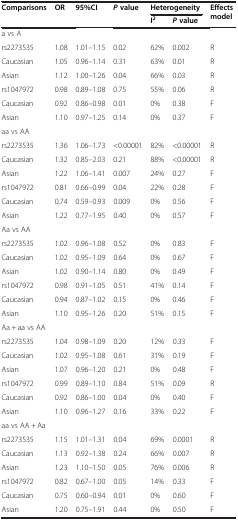
<table><thead><tr><td rowspan="2"><b>Comparisons</b></td><td rowspan="2"><b>OR</b></td><td rowspan="2"><b>95%CI</b></td><td rowspan="2"><b><i>P</i>value</b></td><td colspan="2"><b>Heterogeneity</b></td><td rowspan="2"><b>Effects model</b></td></tr><tr><td><b>I<sup>2</sup></b></td><td><b><i>P</i>value</b></td></tr></thead><tbody><tr><td colspan="7">a vs A</td></tr><tr><td>rs2273535</td><td>1.08</td><td>1.01–1.15</td><td>0.02</td><td>62%</td><td>0.002</td><td>R</td></tr><tr><td>Caucasian</td><td>1.05</td><td>0.96–1.14</td><td>0.31</td><td>63%</td><td>0.01</td><td>R</td></tr><tr><td>Asian</td><td>1.12</td><td>1.00–1.26</td><td>0.04</td><td>66%</td><td>0.03</td><td>R</td></tr><tr><td>rs1047972</td><td>0.98</td><td>0.89–1.08</td><td>0.75</td><td>55%</td><td>0.06</td><td>R</td></tr><tr><td>Caucasian</td><td>0.92</td><td>0.86–0.98</td><td>0.01</td><td>0%</td><td>0.38</td><td>F</td></tr><tr><td>Asian</td><td>1.10</td><td>0.97–1.25</td><td>0.14</td><td>0%</td><td>0.37</td><td>F</td></tr><tr><td colspan="7">aa vs AA</td></tr><tr><td>rs2273535</td><td>1.36</td><td>1.06–1.73</td><td>&lt;0.00001</td><td>82%</td><td>&lt;0.00001</td><td>R</td></tr><tr><td>Caucasian</td><td>1.32</td><td>0.85–2.03</td><td>0.21</td><td>88%</td><td>&lt;0.00001</td><td>R</td></tr><tr><td>Asian</td><td>1.22</td><td>1.06–1.41</td><td>0.007</td><td>24%</td><td>0.27</td><td>F</td></tr><tr><td>rs1047972</td><td>0.81</td><td>0.66–0.99</td><td>0.04</td><td>22%</td><td>0.28</td><td>F</td></tr><tr><td>Caucasian</td><td>0.74</td><td>0.59–0.93</td><td>0.009</td><td>0%</td><td>0.56</td><td>F</td></tr><tr><td>Asian</td><td>1.22</td><td>0.77–1.95</td><td>0.40</td><td>0%</td><td>0.57</td><td>F</td></tr><tr><td colspan="7">Aa vs AA</td></tr><tr><td>rs2273535</td><td>1.02</td><td>0.96–1.08</td><td>0.52</td><td>0%</td><td>0.83</td><td>F</td></tr><tr><td>Caucasian</td><td>1.02</td><td>0.95–1.09</td><td>0.64</td><td>0%</td><td>0.67</td><td>F</td></tr><tr><td>Asian</td><td>1.02</td><td>0.90–1.14</td><td>0.80</td><td>0%</td><td>0.49</td><td>F</td></tr><tr><td>rs1047972</td><td>0.98</td><td>0.91–1.05</td><td>0.51</td><td>41%</td><td>0.14</td><td>F</td></tr><tr><td>Caucasian</td><td>0.94</td><td>0.87–1.02</td><td>0.15</td><td>0%</td><td>0.46</td><td>F</td></tr><tr><td>Asian</td><td>1.10</td><td>0.95–1.26</td><td>0.20</td><td>51%</td><td>0.15</td><td>F</td></tr><tr><td colspan="7">Aa + aa vs AA</td></tr><tr><td>rs2273535</td><td>1.04</td><td>0.98–1.09</td><td>0.20</td><td>12%</td><td>0.33</td><td>F</td></tr><tr><td>Caucasian</td><td>1.02</td><td>0.95–1.08</td><td>0.61</td><td>31%</td><td>0.19</td><td>F</td></tr><tr><td>Asian</td><td>1.07</td><td>0.96–1.20</td><td>0.21</td><td>0%</td><td>0.48</td><td>F</td></tr><tr><td>rs1047972</td><td>0.99</td><td>0.89–1.10</td><td>0.84</td><td>51%</td><td>0.09</td><td>R</td></tr><tr><td>Caucasian</td><td>0.92</td><td>0.86–1.00</td><td>0.04</td><td>0%</td><td>0.40</td><td>F</td></tr><tr><td>Asian</td><td>1.10</td><td>0.96–1.27</td><td>0.16</td><td>33%</td><td>0.22</td><td>F</td></tr><tr><td colspan="7">aa vs AA + Aa</td></tr><tr><td>rs2273535</td><td>1.15</td><td>1.01–1.31</td><td>0.04</td><td>69%</td><td>0.0001</td><td>R</td></tr><tr><td>Caucasian</td><td>1.13</td><td>0.92–1.38</td><td>0.24</td><td>66%</td><td>0.007</td><td>R</td></tr><tr><td>Asian</td><td>1.23</td><td>1.10–1.50</td><td>0.05</td><td>76%</td><td>0.006</td><td>R</td></tr><tr><td>rs1047972</td><td>0.82</td><td>0.67–1.00</td><td>0.05</td><td>14%</td><td>0.33</td><td>F</td></tr><tr><td>Caucasian</td><td>0.75</td><td>0.60–0.94</td><td>0.01</td><td>0%</td><td>0.60</td><td>F</td></tr><tr><td>Asian</td><td>1.20</td><td>0.75–1.91</td><td>0.44</td><td>0%</td><td>0.50</td><td>F</td></tr></tbody></table>